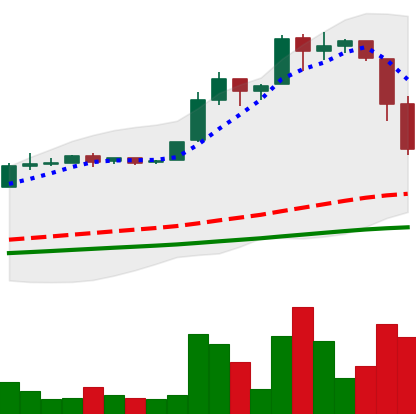
Ticker: BTC-USD
Chart end date: 2016-06-22
Forward return: 9.924%
Label: up_7plus